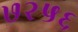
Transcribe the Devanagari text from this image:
७२५६